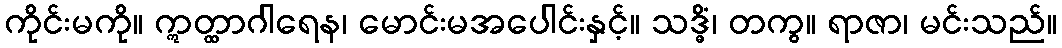
ကိုင်းမကို။ ဣတ္ထာဂါရေန၊ မောင်းမအပေါင်းနှင့်။ သဒ္ဓိံ၊ တကွ။ ရာဇာ၊ မင်းသည်။